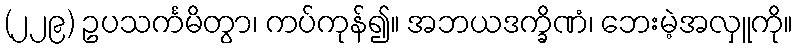
(၂၂၉) ဥပသင်္ကမိတွာ၊ ကပ်ကုန်၍။ အဘယဒက္ခိဏံ၊ ဘေးမဲ့အလှူကို။